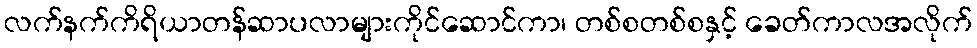
လက်နက်ကိရိယာတန်ဆာပလာများကိုင်ဆောင်ကာ၊ တစ်စတစ်စနှင့် ခေတ်ကာလအလိုက်